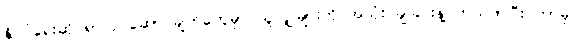
နိုင်ငံရေးဆိုင်ရာလုပ်ဆောင်ချက်တွေမှာ သူလျှိုများကို အသုံး ချခြင်းနဲ့ပတ်သက်ပြီး ဘာမှ